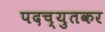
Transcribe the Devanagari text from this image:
पदच्युतकर